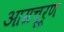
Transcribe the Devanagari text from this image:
आम्रचूर्ण